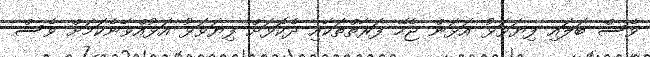
ވެސް ބަލައި ފިޔަވަޅު އަޅަން ޖެހޭ ފަރާތްތަކާއި ދެކޮޅަށް ފިޔަވަޅު އަޅުއްވާނެކަމަށް ވެސް